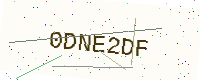
Text: 0DNE2DF